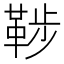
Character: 𩊶